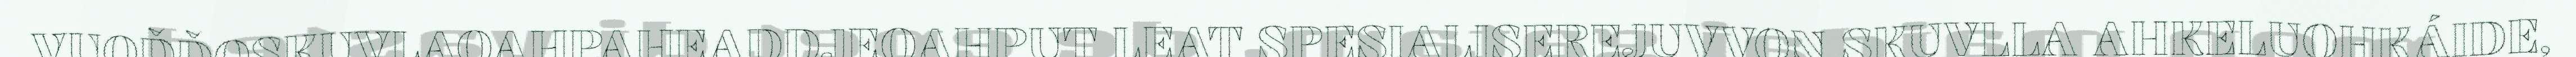
VUOĐĐOSKUVLAOAHPAHEADDJEOAHPUT LEAT SPESIALISEREJUVVON SKUVLLA AHKELUOHKÁIDE,